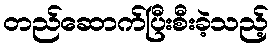
တည်ဆောက်ပြီးစီးခဲ့သည့်